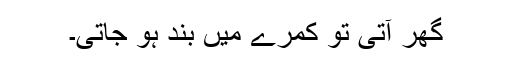
گھر آتی تو کمرے میں بند ہو جاتی۔